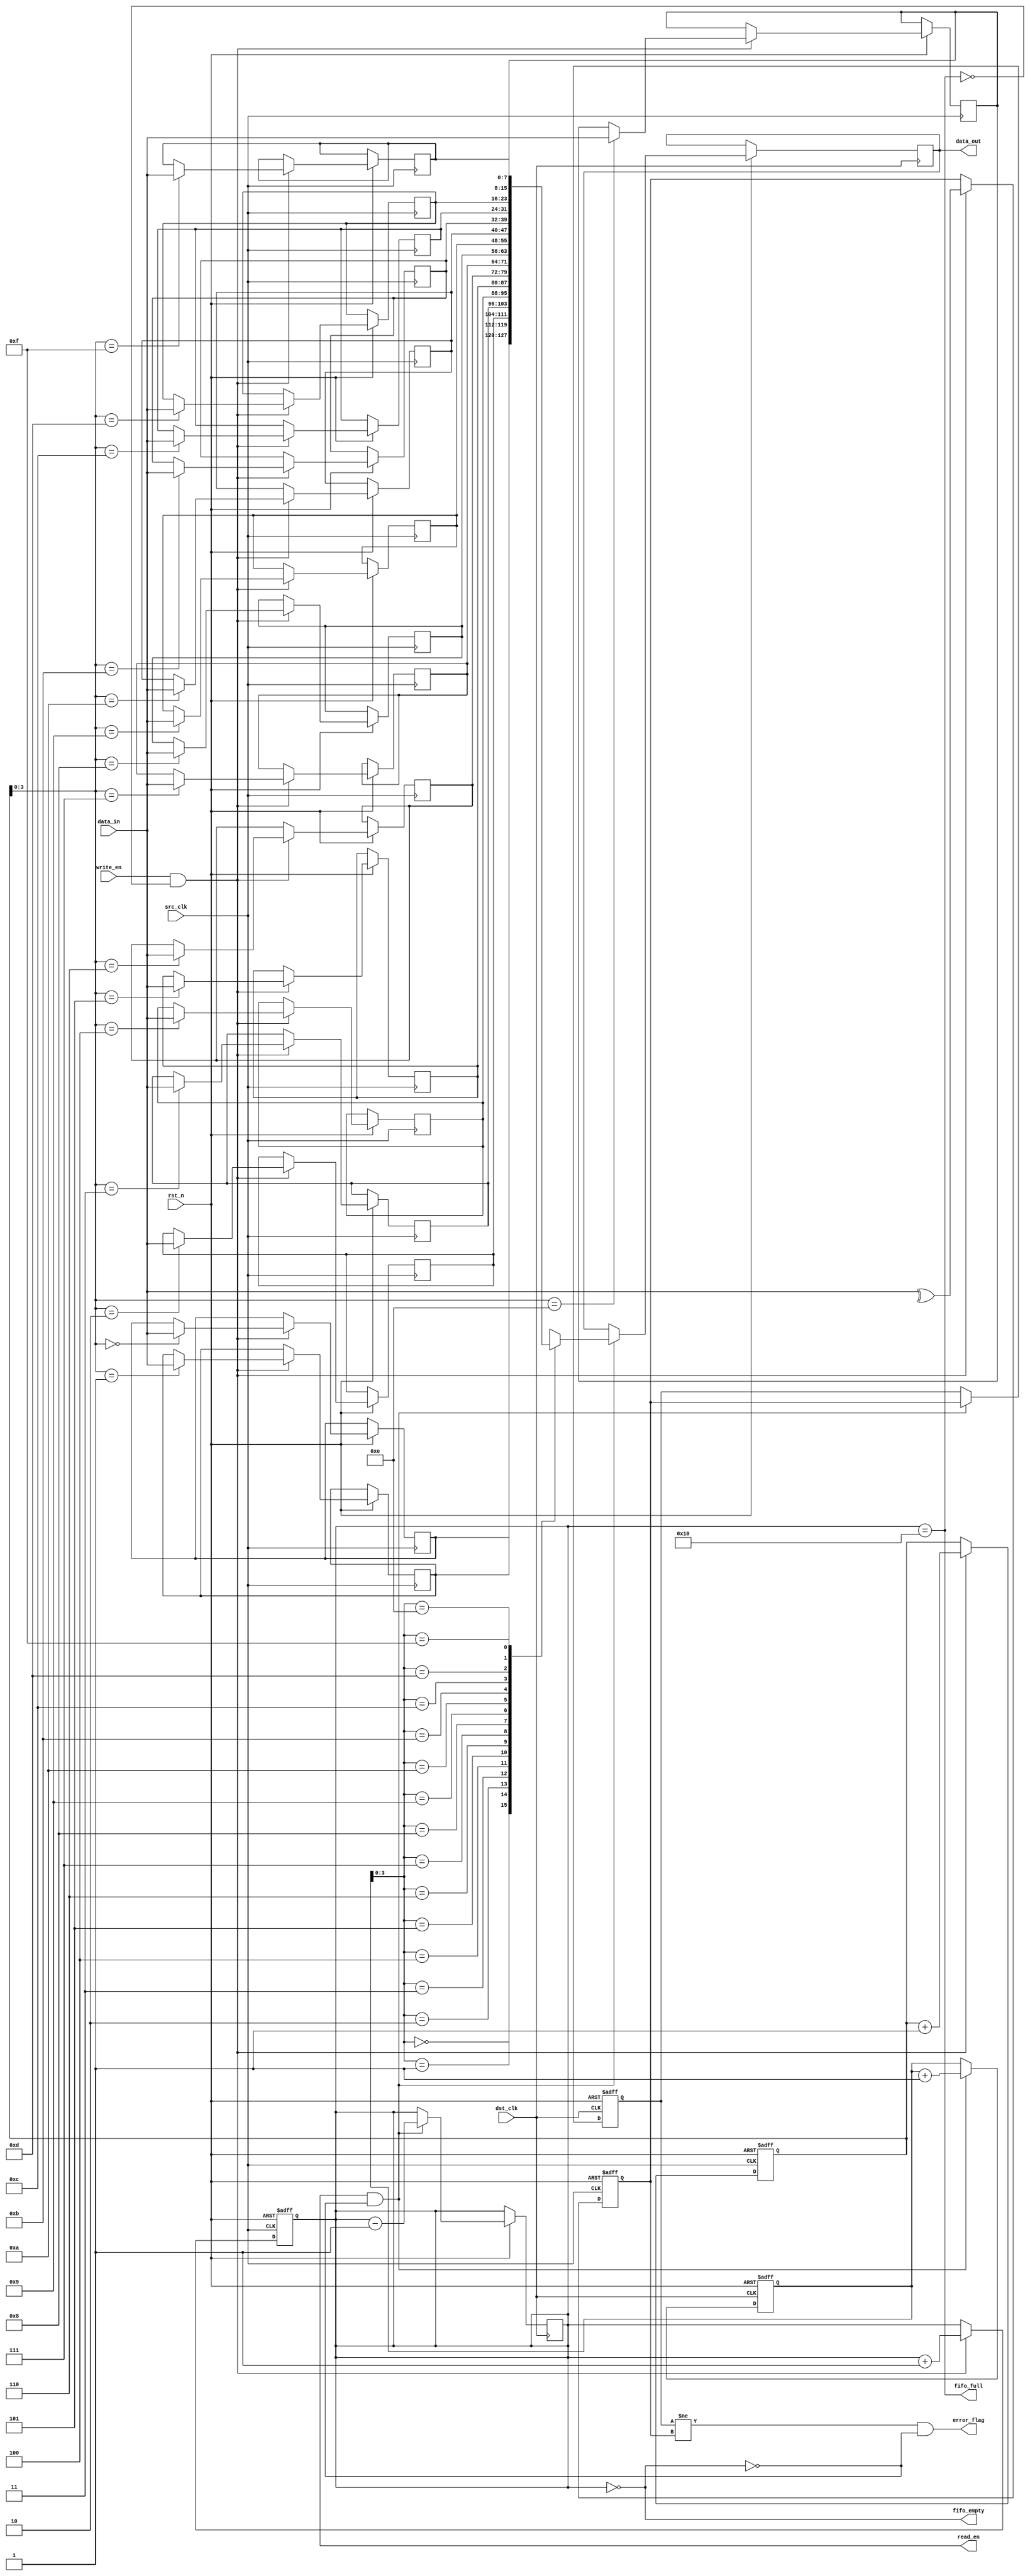
module cdc_memory_blocks #(
    parameter DATA_WIDTH = 8,
    parameter FIFO_DEPTH = 16
)(
    input wire src_clk,               // Source clock
    input wire dst_clk,               // Destination clock
    input wire rst_n,                 // Active low reset
    input wire [DATA_WIDTH-1:0] data_in, // Data input from source clock domain
    input wire write_en,              // Write enable signal
    output wire [DATA_WIDTH-1:0] data_out, // Data output to destination clock domain
    output wire read_en,              // Read enable signal
    output wire error_flag,           // Error flag for parity check
    output wire fifo_full,            // FIFO full indicator
    output wire fifo_empty            // FIFO empty indicator
);

    // FIFO buffer declaration
    reg [DATA_WIDTH-1:0] fifo_mem[FIFO_DEPTH-1:0];
    reg [4:0] write_ptr, read_ptr; // 5 bits to address FIFO_DEPTH
    reg [4:0] fifo_count;           // Count of elements in FIFO

    // Parity bit
    reg parity_bit;
    reg parity_check;

    // FIFO write logic
    always @(posedge src_clk or negedge rst_n) begin
        if (!rst_n) begin
            write_ptr <= 0;
            fifo_count <= 0;
            parity_bit <= 0;
        end else if (write_en && !fifo_full) begin
            fifo_mem[write_ptr] <= data_in;
            parity_bit <= ^data_in; // Calculate parity
            write_ptr <= write_ptr + 1;
            fifo_count <= fifo_count + 1;
        end
    end

    // FIFO read logic
    always @(posedge dst_clk or negedge rst_n) begin
        if (!rst_n) begin
            read_ptr <= 0;
            parity_check <= 0;
        end else if (read_en && !fifo_empty) begin
            data_out <= fifo_mem[read_ptr];
            parity_check <= parity_bit; // Capture parity for checking
            read_ptr <= read_ptr + 1;
            fifo_count <= fifo_count - 1;
        end
    end

    // FIFO status signals
    assign fifo_full = (fifo_count == FIFO_DEPTH);
    assign fifo_empty = (fifo_count == 0);

    // Error detection logic
    assign error_flag = (parity_check != parity_bit) && !fifo_empty;

endmodule